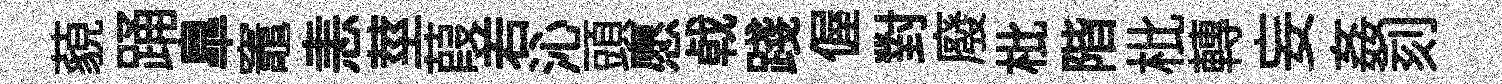
藐踊臯竈恚莖葭𠰥沁頭愿㦸踐偓對廢枇階枇轉妄姦刻